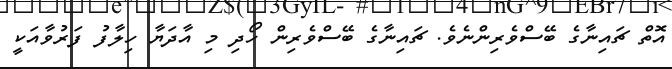
އޮތް ޗައިނާގެ ބޭސްވެރިންނެވެ. ޗައިނާގެ ބޭސްވެރިން ހޯދި މި އާދަޔާ ހިލާފު ފަރުވާއަކީ